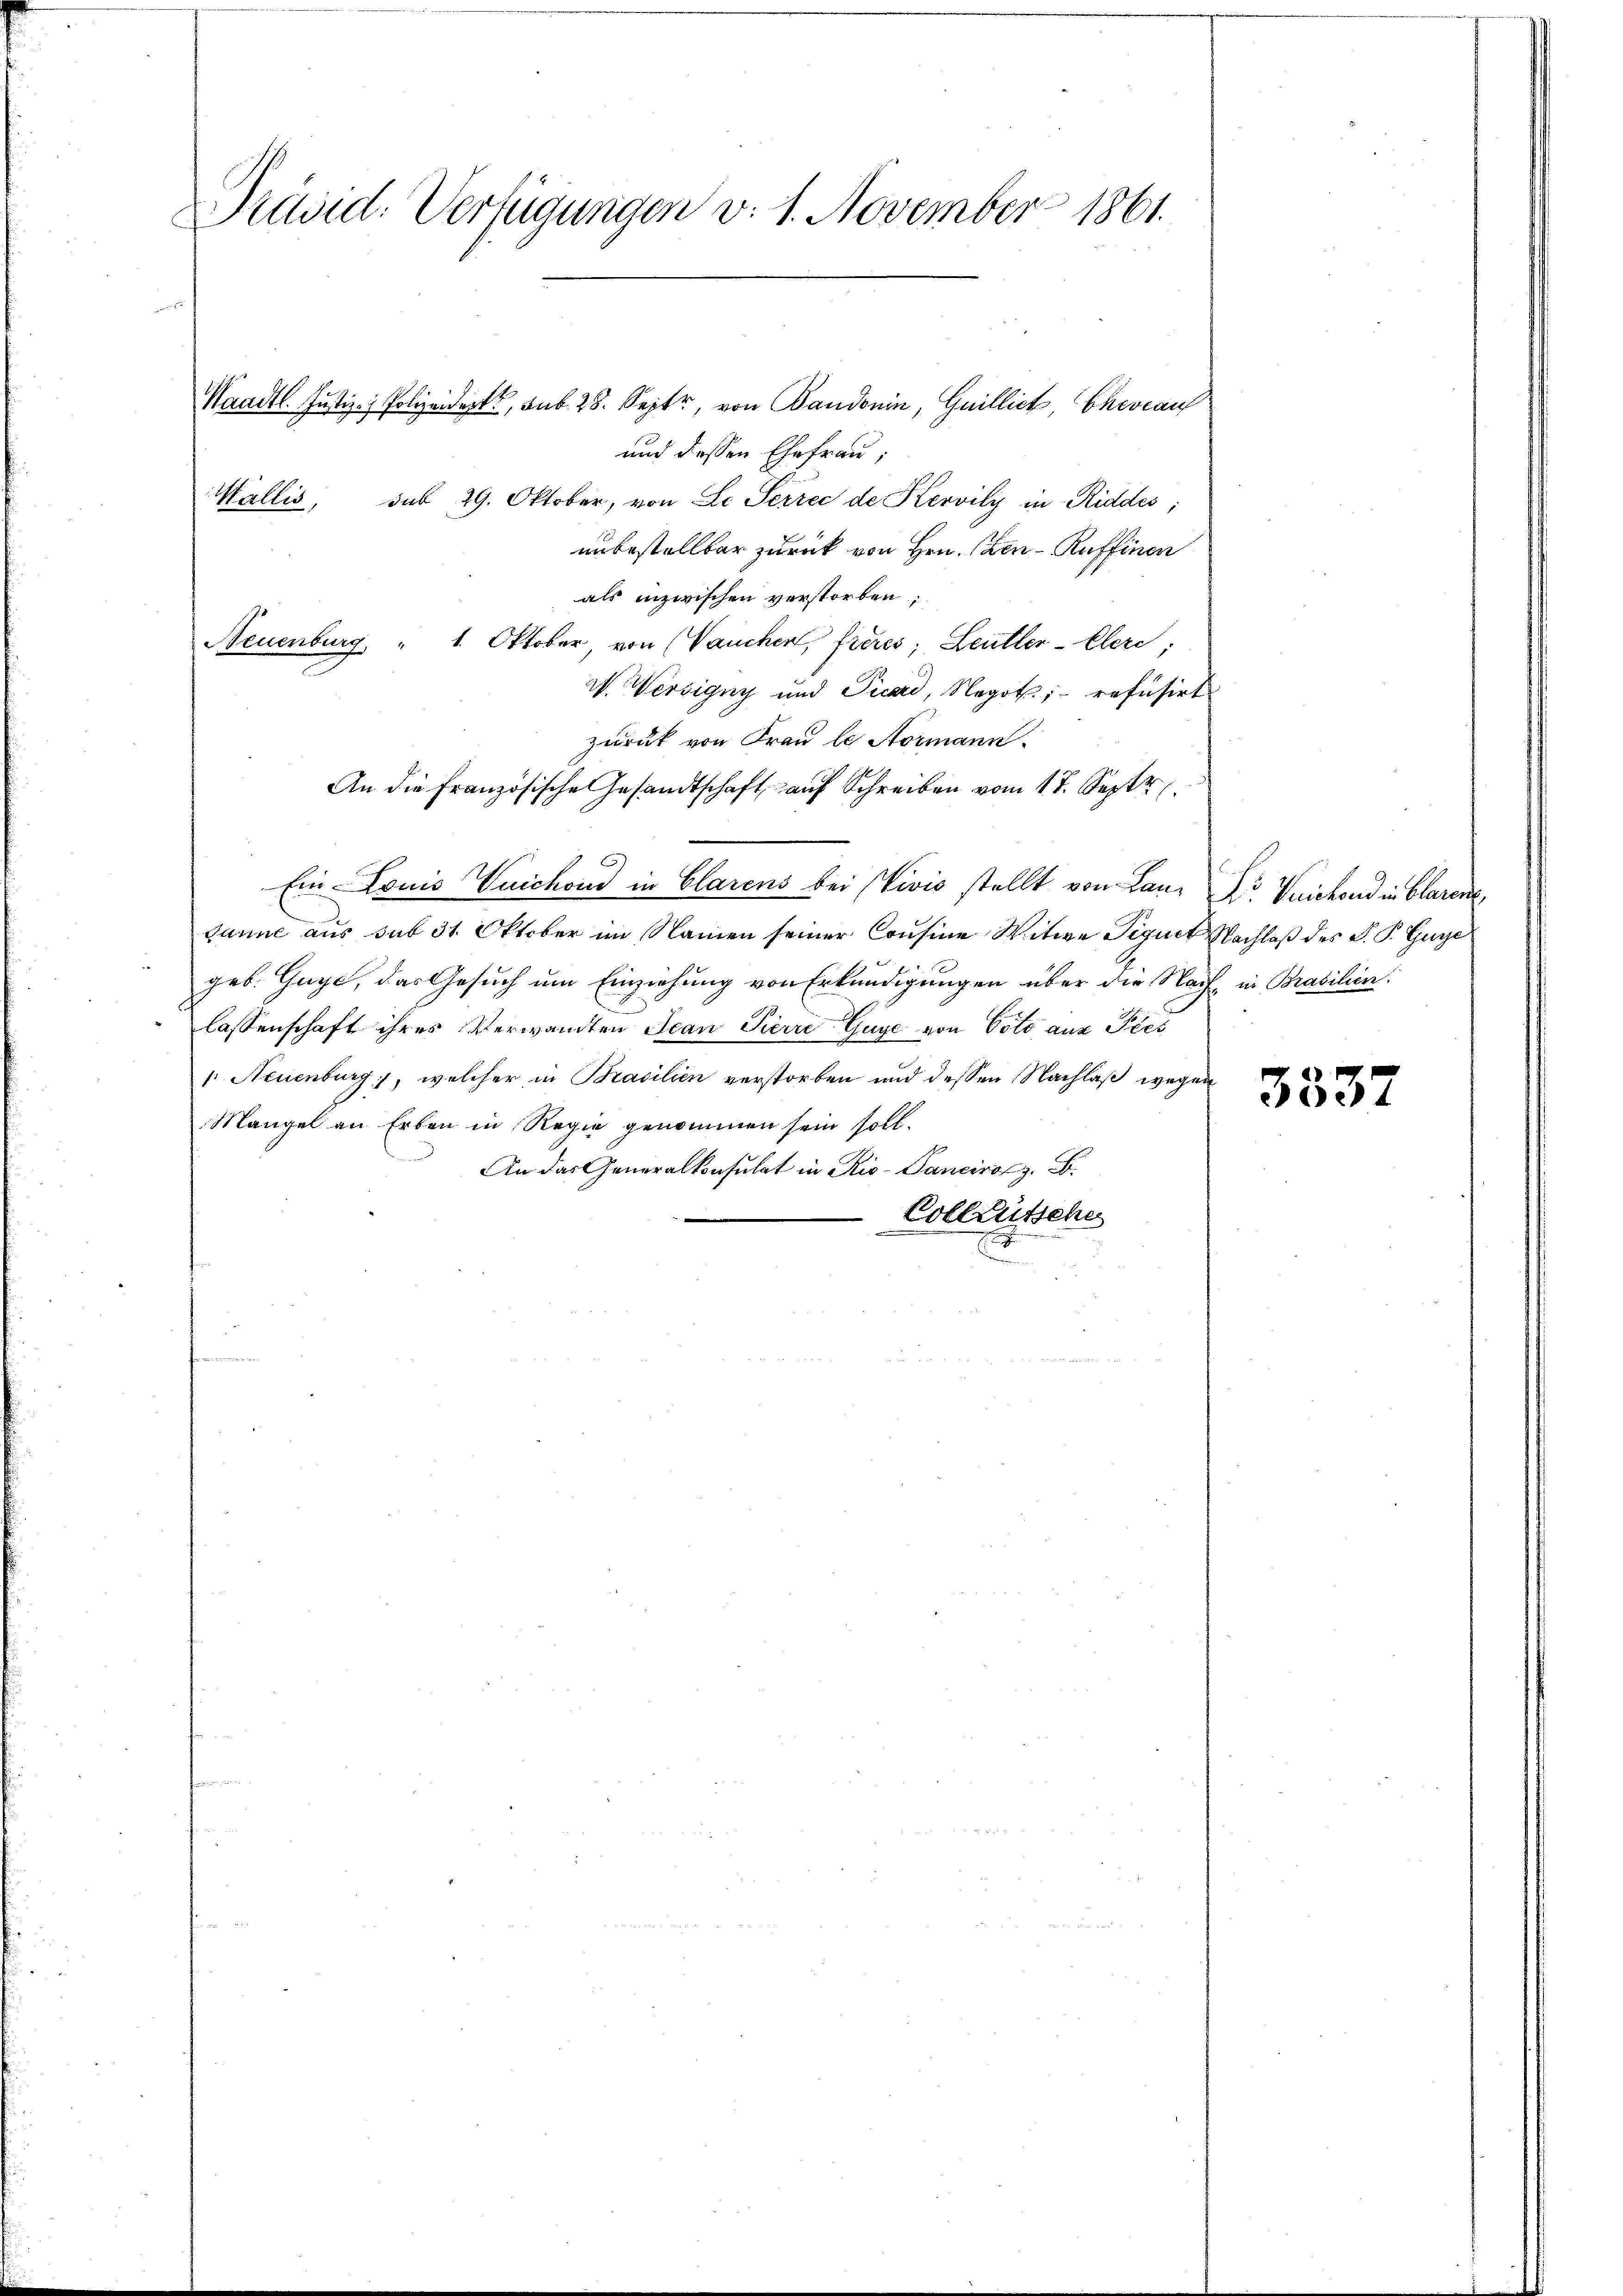
Präsid: Verfügungen v. 1. November 1861.

Waadt. Justiz- & Polizeideckt, sub 28. Septer, von Baudonin, Guillick, Eheveauf
und dessen Ehefrau;
Wallis, sub 29. Oktober, von Le Serrec de Servily in Riddes;
unbestellbar zurück von Hrn. (Zen-Ruffinen
als inzwischen verstorben;
Neuenburg " 1. Oktober, von (Vaucher, frères, Leutter-Cleri
W. Wersigny und Picari, Negot;- refusirt
zurück von Frau le Stormann.
An die Französische Gesandtschaft aŭf Schreiben vom 17. Sept.
Ein Louis Vuichoud in Clarens bei Vivis stellt von Lanz Dr Vuichond in Claren,
Janne aus sub 31. Oktober im Namen seiner Cousine Witwe Signet Nachlaß des P. P. Gure
geb. Guye, das Gesuch um Einziehung von Erkundigungen über die Nach, in Brasilien.
lassenschaft ihres Verwandten Jean Pierre Guye von Voto aus Ples
: Neuenburg, welcher in Brasilien verstorben und dessen Nachlaß wegen
Mangel an Erben in Regie genommen sein soll.
An das Generalkonsulat in Rio-Panciroz. B.
Colleutsche

3337